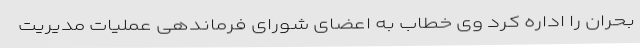
بحران را اداره کرد وی خطاب به اعضای شورای فرماندهی عملیات مدیریت